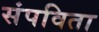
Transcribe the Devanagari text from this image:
संपविता